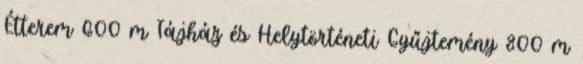
Étterem 600 m Tájház és Helytörténeti Gyűjtemény 800 m